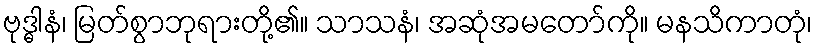
ဗုဒ္ဓါနံ၊ မြတ်စွာဘုရားတို့၏။ သာသနံ၊ အဆုံအမတော်ကို။ မနသိကာတုံ၊